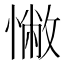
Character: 𢠳